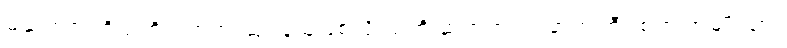
မယ်ကင်းကိုယ်တိုင် ဘုရားဆုပန်သူဖြစ်လို့ သူ့ကို ဆရာကင်း၊ ဆရာကြီး စတဲ့ အမျိုးသား